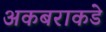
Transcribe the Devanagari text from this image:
अकबराकडे